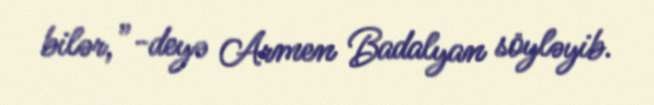
bilər,”-deyə Armen Badalyan söyləyib.